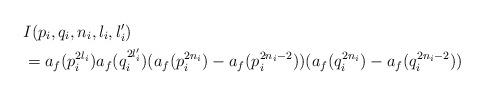
LaTeX: \begin{align*}&I(p_i,q_i,n_i,l_i,l_i')\\& = a_f(p_i^{2l_i})a_f(q_i^{2l_i'})(a_f(p_i^{2n_i}) - a_f(p_i^{2n_i-2}))(a_f(q_i^{2n_i}) - a_f(q_i^{2n_i-2}))\\\end{align*}